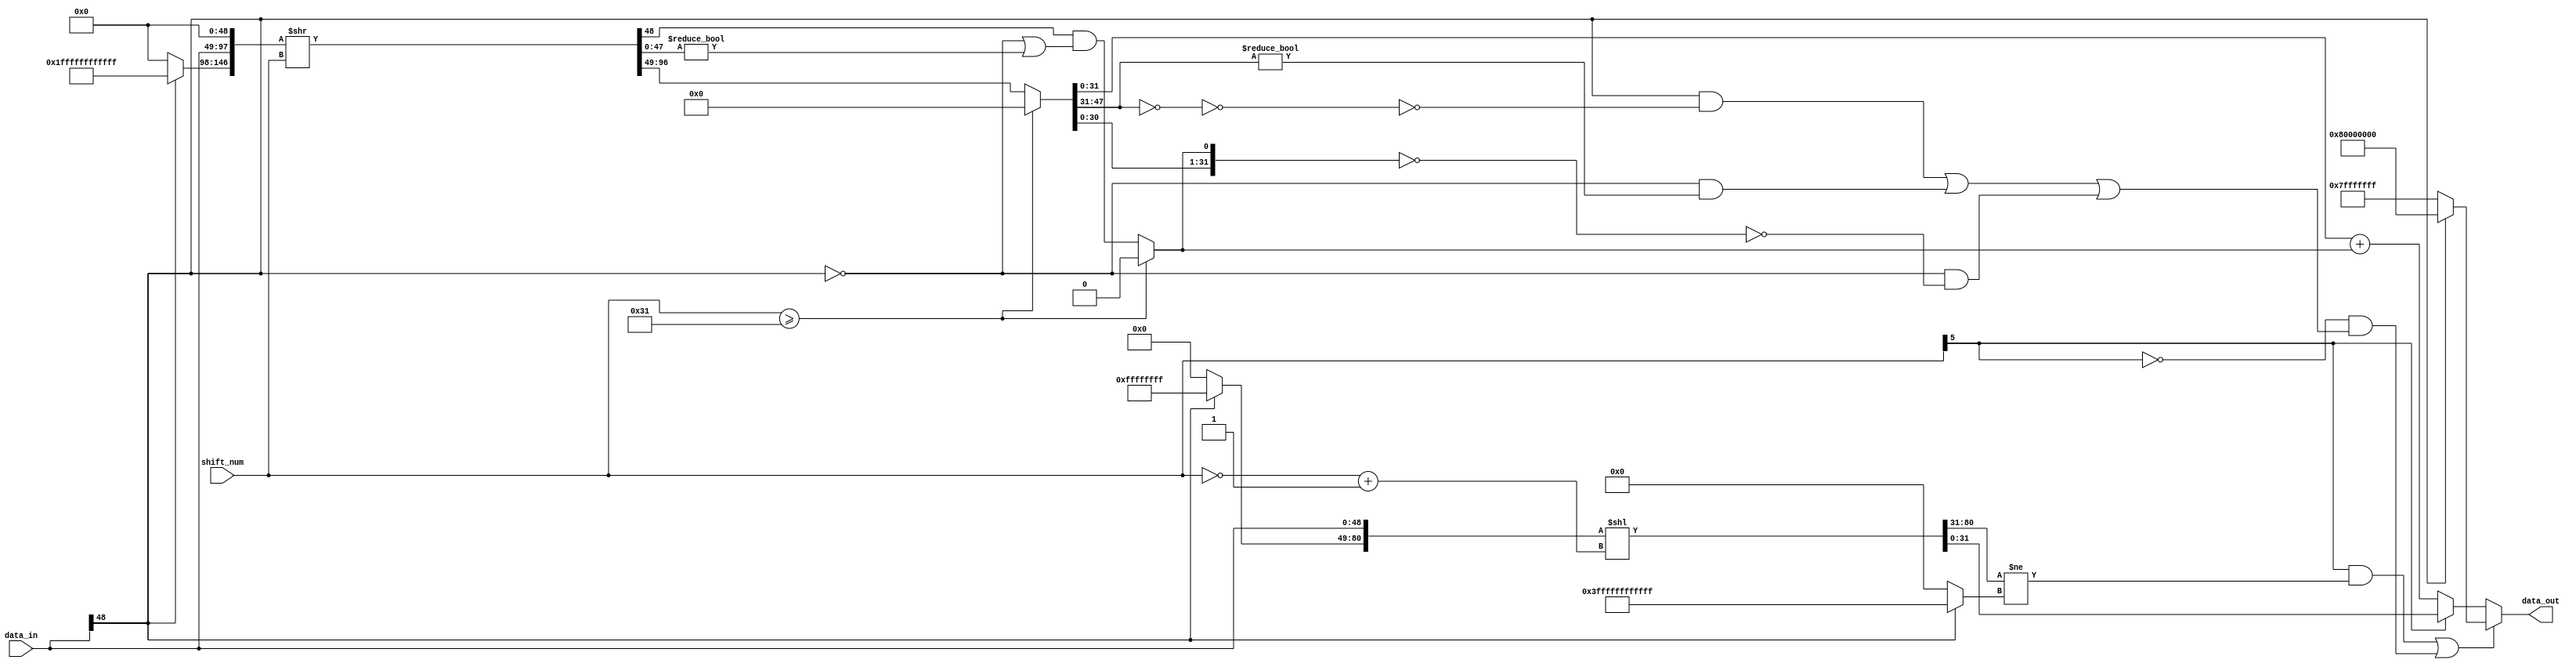
module NV_soDLA_HLS_shiftrightss( // @[:@3.2]
  input  [48:0] data_in, // @[:@6.4]
  input  [5:0]  shift_num, // @[:@6.4]
  output [31:0] data_out // @[:@6.4]
);
  wire  data_sign; // @[NV_NVDLA_HLS_shiftrightss.scala 37:28:@23.4]
  wire  shift_sign; // @[NV_NVDLA_HLS_shiftrightss.scala 38:31:@25.4]
  wire [5:0] _T_28; // @[NV_NVDLA_HLS_shiftrightss.scala 41:22:@27.4]
  wire [6:0] _T_30; // @[NV_NVDLA_HLS_shiftrightss.scala 41:36:@28.4]
  wire [5:0] shift_num_abs; // @[NV_NVDLA_HLS_shiftrightss.scala 41:36:@29.4]
  wire [31:0] _T_35; // @[Bitwise.scala 72:12:@32.4]
  wire [80:0] _T_36; // @[Cat.scala 30:58:@33.4]
  wire [143:0] _GEN_0; // @[NV_NVDLA_HLS_shiftrightss.scala 43:63:@34.4]
  wire [143:0] _T_37; // @[NV_NVDLA_HLS_shiftrightss.scala 43:63:@34.4]
  wire [48:0] data_high; // @[NV_NVDLA_HLS_shiftrightss.scala 43:80:@35.4]
  wire [31:0] data_shift_l; // @[NV_NVDLA_HLS_shiftrightss.scala 45:83:@41.4]
  wire  _T_46; // @[NV_NVDLA_HLS_shiftrightss.scala 47:63:@43.4]
  wire [49:0] _T_47; // @[Cat.scala 30:58:@44.4]
  wire [49:0] _T_51; // @[Bitwise.scala 72:12:@46.4]
  wire  _T_52; // @[NV_NVDLA_HLS_shiftrightss.scala 47:78:@47.4]
  wire  left_shift_sat; // @[NV_NVDLA_HLS_shiftrightss.scala 47:34:@48.4]
  wire [48:0] _T_57; // @[Bitwise.scala 72:12:@51.4]
  wire [146:0] _T_64; // @[Cat.scala 30:58:@54.4]
  wire [146:0] _T_65; // @[NV_NVDLA_HLS_shiftrightss.scala 51:88:@55.4]
  wire [48:0] data_shift_rt; // @[NV_NVDLA_HLS_shiftrightss.scala 53:107:@64.4]
  wire  guide; // @[NV_NVDLA_HLS_shiftrightss.scala 55:99:@72.4]
  wire [47:0] stick; // @[NV_NVDLA_HLS_shiftrightss.scala 57:99:@80.4]
  wire  _T_107; // @[NV_NVDLA_HLS_shiftrightss.scala 59:38:@82.4]
  wire [48:0] data_shift_r; // @[NV_NVDLA_HLS_shiftrightss.scala 59:24:@84.4]
  wire  _T_117; // @[NV_NVDLA_HLS_shiftrightss.scala 61:65:@87.4]
  wire  _T_119; // @[NV_NVDLA_HLS_shiftrightss.scala 61:84:@88.4]
  wire  _T_120; // @[NV_NVDLA_HLS_shiftrightss.scala 61:76:@89.4]
  wire  _T_121; // @[NV_NVDLA_HLS_shiftrightss.scala 61:62:@90.4]
  wire  point5; // @[NV_NVDLA_HLS_shiftrightss.scala 61:18:@91.4]
  wire [31:0] _T_123; // @[NV_NVDLA_HLS_shiftrightss.scala 63:32:@93.4]
  wire [31:0] _GEN_2; // @[NV_NVDLA_HLS_shiftrightss.scala 63:49:@94.4]
  wire [32:0] _T_124; // @[NV_NVDLA_HLS_shiftrightss.scala 63:49:@94.4]
  wire [31:0] data_round; // @[NV_NVDLA_HLS_shiftrightss.scala 63:49:@95.4]
  wire  _T_128; // @[NV_NVDLA_HLS_shiftrightss.scala 65:24:@98.4]
  wire [16:0] _T_129; // @[NV_NVDLA_HLS_shiftrightss.scala 66:52:@99.4]
  wire [16:0] _T_130; // @[NV_NVDLA_HLS_shiftrightss.scala 66:78:@100.4]
  wire  _T_132; // @[NV_NVDLA_HLS_shiftrightss.scala 66:78:@101.4]
  wire  _T_133; // @[NV_NVDLA_HLS_shiftrightss.scala 66:38:@102.4]
  wire  _T_134; // @[NV_NVDLA_HLS_shiftrightss.scala 66:36:@103.4]
  wire  _T_138; // @[NV_NVDLA_HLS_shiftrightss.scala 67:77:@106.4]
  wire  _T_139; // @[NV_NVDLA_HLS_shiftrightss.scala 67:35:@107.4]
  wire  _T_140; // @[NV_NVDLA_HLS_shiftrightss.scala 66:85:@108.4]
  wire [30:0] _T_142; // @[NV_NVDLA_HLS_shiftrightss.scala 68:54:@110.4]
  wire [31:0] _T_143; // @[Cat.scala 30:58:@111.4]
  wire [31:0] _T_144; // @[NV_NVDLA_HLS_shiftrightss.scala 68:88:@112.4]
  wire  _T_146; // @[NV_NVDLA_HLS_shiftrightss.scala 68:88:@113.4]
  wire  _T_147; // @[NV_NVDLA_HLS_shiftrightss.scala 68:35:@114.4]
  wire  _T_148; // @[NV_NVDLA_HLS_shiftrightss.scala 67:83:@115.4]
  wire  right_shift_sat; // @[NV_NVDLA_HLS_shiftrightss.scala 65:36:@116.4]
  wire [31:0] data_max; // @[NV_NVDLA_HLS_shiftrightss.scala 70:20:@123.4]
  wire  _T_166; // @[NV_NVDLA_HLS_shiftrightss.scala 72:39:@125.4]
  wire [31:0] _T_167; // @[NV_NVDLA_HLS_shiftrightss.scala 72:71:@126.4]
  assign data_sign = data_in[48]; // @[NV_NVDLA_HLS_shiftrightss.scala 37:28:@23.4]
  assign shift_sign = shift_num[5]; // @[NV_NVDLA_HLS_shiftrightss.scala 38:31:@25.4]
  assign _T_28 = ~ shift_num; // @[NV_NVDLA_HLS_shiftrightss.scala 41:22:@27.4]
  assign _T_30 = _T_28 + 6'h1; // @[NV_NVDLA_HLS_shiftrightss.scala 41:36:@28.4]
  assign shift_num_abs = _T_28 + 6'h1; // @[NV_NVDLA_HLS_shiftrightss.scala 41:36:@29.4]
  assign _T_35 = data_sign ? 32'hffffffff : 32'h0; // @[Bitwise.scala 72:12:@32.4]
  assign _T_36 = {_T_35,data_in}; // @[Cat.scala 30:58:@33.4]
  assign _GEN_0 = {{63'd0}, _T_36}; // @[NV_NVDLA_HLS_shiftrightss.scala 43:63:@34.4]
  assign _T_37 = _GEN_0 << shift_num_abs; // @[NV_NVDLA_HLS_shiftrightss.scala 43:63:@34.4]
  assign data_high = _T_37[80:32]; // @[NV_NVDLA_HLS_shiftrightss.scala 43:80:@35.4]
  assign data_shift_l = _T_37[31:0]; // @[NV_NVDLA_HLS_shiftrightss.scala 45:83:@41.4]
  assign _T_46 = data_shift_l[31]; // @[NV_NVDLA_HLS_shiftrightss.scala 47:63:@43.4]
  assign _T_47 = {data_high,_T_46}; // @[Cat.scala 30:58:@44.4]
  assign _T_51 = data_sign ? 50'h3ffffffffffff : 50'h0; // @[Bitwise.scala 72:12:@46.4]
  assign _T_52 = _T_47 != _T_51; // @[NV_NVDLA_HLS_shiftrightss.scala 47:78:@47.4]
  assign left_shift_sat = shift_sign & _T_52; // @[NV_NVDLA_HLS_shiftrightss.scala 47:34:@48.4]
  assign _T_57 = data_sign ? 49'h1ffffffffffff : 49'h0; // @[Bitwise.scala 72:12:@51.4]
  assign _T_64 = {_T_57,data_in,49'h0}; // @[Cat.scala 30:58:@54.4]
  assign _T_65 = _T_64 >> shift_num; // @[NV_NVDLA_HLS_shiftrightss.scala 51:88:@55.4]
  assign data_shift_rt = _T_65[97:49]; // @[NV_NVDLA_HLS_shiftrightss.scala 53:107:@64.4]
  assign guide = _T_65[48]; // @[NV_NVDLA_HLS_shiftrightss.scala 55:99:@72.4]
  assign stick = _T_65[47:0]; // @[NV_NVDLA_HLS_shiftrightss.scala 57:99:@80.4]
  assign _T_107 = shift_num >= 6'h31; // @[NV_NVDLA_HLS_shiftrightss.scala 59:38:@82.4]
  assign data_shift_r = _T_107 ? 49'h0 : data_shift_rt; // @[NV_NVDLA_HLS_shiftrightss.scala 59:24:@84.4]
  assign _T_117 = ~ data_sign; // @[NV_NVDLA_HLS_shiftrightss.scala 61:65:@87.4]
  assign _T_119 = stick != 48'h0; // @[NV_NVDLA_HLS_shiftrightss.scala 61:84:@88.4]
  assign _T_120 = _T_117 | _T_119; // @[NV_NVDLA_HLS_shiftrightss.scala 61:76:@89.4]
  assign _T_121 = guide & _T_120; // @[NV_NVDLA_HLS_shiftrightss.scala 61:62:@90.4]
  assign point5 = _T_107 ? 1'h0 : _T_121; // @[NV_NVDLA_HLS_shiftrightss.scala 61:18:@91.4]
  assign _T_123 = data_shift_r[31:0]; // @[NV_NVDLA_HLS_shiftrightss.scala 63:32:@93.4]
  assign _GEN_2 = {{31'd0}, point5}; // @[NV_NVDLA_HLS_shiftrightss.scala 63:49:@94.4]
  assign _T_124 = _T_123 + _GEN_2; // @[NV_NVDLA_HLS_shiftrightss.scala 63:49:@94.4]
  assign data_round = _T_123 + _GEN_2; // @[NV_NVDLA_HLS_shiftrightss.scala 63:49:@95.4]
  assign _T_128 = shift_sign == 1'h0; // @[NV_NVDLA_HLS_shiftrightss.scala 65:24:@98.4]
  assign _T_129 = data_shift_r[47:31]; // @[NV_NVDLA_HLS_shiftrightss.scala 66:52:@99.4]
  assign _T_130 = ~ _T_129; // @[NV_NVDLA_HLS_shiftrightss.scala 66:78:@100.4]
  assign _T_132 = _T_130 == 17'h0; // @[NV_NVDLA_HLS_shiftrightss.scala 66:78:@101.4]
  assign _T_133 = ~ _T_132; // @[NV_NVDLA_HLS_shiftrightss.scala 66:38:@102.4]
  assign _T_134 = data_sign & _T_133; // @[NV_NVDLA_HLS_shiftrightss.scala 66:36:@103.4]
  assign _T_138 = _T_129 != 17'h0; // @[NV_NVDLA_HLS_shiftrightss.scala 67:77:@106.4]
  assign _T_139 = _T_117 & _T_138; // @[NV_NVDLA_HLS_shiftrightss.scala 67:35:@107.4]
  assign _T_140 = _T_134 | _T_139; // @[NV_NVDLA_HLS_shiftrightss.scala 66:85:@108.4]
  assign _T_142 = data_shift_r[30:0]; // @[NV_NVDLA_HLS_shiftrightss.scala 68:54:@110.4]
  assign _T_143 = {_T_142,point5}; // @[Cat.scala 30:58:@111.4]
  assign _T_144 = ~ _T_143; // @[NV_NVDLA_HLS_shiftrightss.scala 68:88:@112.4]
  assign _T_146 = _T_144 == 32'h0; // @[NV_NVDLA_HLS_shiftrightss.scala 68:88:@113.4]
  assign _T_147 = _T_117 & _T_146; // @[NV_NVDLA_HLS_shiftrightss.scala 68:35:@114.4]
  assign _T_148 = _T_140 | _T_147; // @[NV_NVDLA_HLS_shiftrightss.scala 67:83:@115.4]
  assign right_shift_sat = _T_128 & _T_148; // @[NV_NVDLA_HLS_shiftrightss.scala 65:36:@116.4]
  assign data_max = data_sign ? 32'h80000000 : 32'h7fffffff; // @[NV_NVDLA_HLS_shiftrightss.scala 70:20:@123.4]
  assign _T_166 = left_shift_sat | right_shift_sat; // @[NV_NVDLA_HLS_shiftrightss.scala 72:39:@125.4]
  assign _T_167 = shift_sign ? data_shift_l : data_round; // @[NV_NVDLA_HLS_shiftrightss.scala 72:71:@126.4]
  assign data_out = _T_166 ? data_max : _T_167; // @[NV_NVDLA_HLS_shiftrightss.scala 72:17:@128.4]
endmodule


// ================================================================
// NVDLA Open Source Project
// 
// Copyright(c) 2016 - 2017 NVIDIA Corporation.  Licensed under the
// NVDLA Open Hardware License; Check "LICENSE" which comes with 
// this distribution for more information.
// ================================================================


module NV_NVDLA_HLS_shiftrightss (
   data_in
  ,shift_num
  ,data_out
  );

parameter  IN_WIDTH  = 49;
parameter  OUT_WIDTH = 32;
parameter  SHIFT_WIDTH = 6;
parameter  SHIFT_MAX   = 1<<(SHIFT_WIDTH-1);
parameter  HIGH_WIDTH  = SHIFT_MAX+IN_WIDTH-OUT_WIDTH;


input   [IN_WIDTH-1:0]    data_in;              //signed 
input   [SHIFT_WIDTH-1:0] shift_num;            //signed
output  [OUT_WIDTH-1:0]   data_out;

wire    [OUT_WIDTH-1:0]   data_shift_l;
wire    [HIGH_WIDTH-1:0]  data_high;
wire    [IN_WIDTH-1:0]    data_highr;
wire    [IN_WIDTH-1:0]    data_shift_rt;
wire    [IN_WIDTH-1:0]    data_shift_r;
wire    [IN_WIDTH-2:0]    stick;
wire    [OUT_WIDTH-1:0]   data_max;
wire    [OUT_WIDTH-1:0]   data_round;
wire                      shift_sign;
wire                      data_sign;
wire                      guide;
wire                      point5;
wire                      mon_round_c;
wire                      left_shift_sat;
wire                      right_shift_sat;

wire [5:0] shift_num_abs;

// synoff nets

// monitor nets

// debug nets

// tie high nets

// tie low nets

// no connect nets

// not all bits used nets

// todo nets

    

assign  data_sign  = data_in[IN_WIDTH-1];
assign  shift_sign = shift_num[SHIFT_WIDTH-1];

//shift left
assign  shift_num_abs[SHIFT_WIDTH-1:0] = ~shift_num[SHIFT_WIDTH-1:0] + 1;

assign {data_high[((HIGH_WIDTH) - 1):0],data_shift_l[((OUT_WIDTH) - 1):0]} = {{SHIFT_MAX{data_sign}},data_in} << shift_num_abs[((SHIFT_WIDTH) - 1):0];

assign left_shift_sat = shift_sign & {data_high,data_shift_l[OUT_WIDTH-1]} != {(HIGH_WIDTH+1){data_sign}};

//shift right
assign {data_highr[((IN_WIDTH) - 1):0],data_shift_rt[((IN_WIDTH) - 1):0], guide, stick[((IN_WIDTH-1) - 1):0]} = {{IN_WIDTH{data_sign}},data_in,{IN_WIDTH{1'b0}}} >> shift_num[((SHIFT_WIDTH) - 1):0];
//assign {data_shift_rt[::range(IN_WIDTH)], guide, stick[::range(IN_WIDTH-1)]} = ($signed({data_in,{IN_WIDTH{1'b0}}}) >>> shift_num[::range(SHIFT_WIDTH)]);

assign  data_shift_r[((IN_WIDTH) - 1):0] = shift_num >= IN_WIDTH ? {IN_WIDTH{1'b0}} : data_shift_rt[((IN_WIDTH) - 1):0];

assign point5 =  shift_num >= IN_WIDTH ? 1'b0 :  guide & (~data_sign | (|stick));

assign {mon_round_c,data_round[((OUT_WIDTH) - 1):0]} = data_shift_r[((OUT_WIDTH) - 1):0] + point5;

assign right_shift_sat = !shift_sign &
                        (( data_sign & ~(&data_shift_r[IN_WIDTH-2:OUT_WIDTH-1])) |
                         (~data_sign &  (|data_shift_r[IN_WIDTH-2:OUT_WIDTH-1])) |
                         (~data_sign & (&{data_shift_r[((OUT_WIDTH-1) - 1):0], point5})));

assign data_max = data_sign ? {1'b1, {(OUT_WIDTH-1){1'b0}}} : ~{1'b1, {(OUT_WIDTH-1){1'b0}}};

assign data_out = (left_shift_sat | right_shift_sat) ? data_max : shift_sign ? data_shift_l : data_round;

endmodule // NV_NVDLA_HLS_shiftrightss